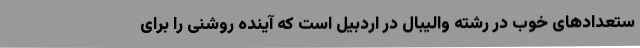
ستعدادهای خوب در رشته والیبال در اردبیل است که آینده روشنی را برای